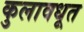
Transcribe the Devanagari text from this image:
कुलावधूत